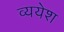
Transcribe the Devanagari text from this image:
व्ययेश